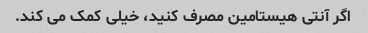
اگر آنتی هیستامین مصرف کنید، خیلی کمک می کند.